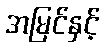
အမြင်နှင့်